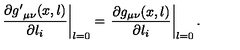
\left. \frac { \partial { g ^ { \prime } } _ { \mu \nu } ( x , l ) } { \partial l _ { i } } \right| _ { l = 0 } = \left. \frac { \partial g _ { \mu \nu } ( x , l ) } { \partial l _ { i } } \right| _ { l = 0 } .